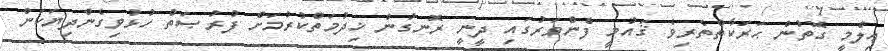
ޢިލްމީ ގޮތުން ޙަރަކާތްތެރިވެ ޤައުމީ ފެންވަރުގައި ދީނީ ރޮނގުން ޚިދުމަތްކުރުމަށް ފުރުޞަތު ހުޅުވިގެންދިޔަކަން